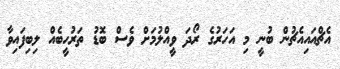
އެޗްއައިއެޗުން ބުނީ މި އަހަރުގެ ރޯދަ ވީއްލުމަށް ވެސް ބޮޑު ތަރުހީބެއް ލިބިފައިވާ